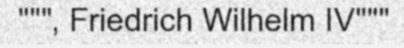
""", Friedrich Wilhelm IV"""